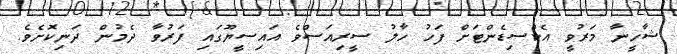
ޝާހީނާ މަރުވީ އެކްސިޑެންޓަށް ފަހު ހާލު ސީރިއަސްވެ އައިސީޔޫގައި ފަރުވާ ދެމުން ދަނިކޮށެވެ.